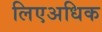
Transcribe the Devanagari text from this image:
लिएअधिक